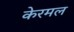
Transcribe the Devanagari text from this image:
केरमल